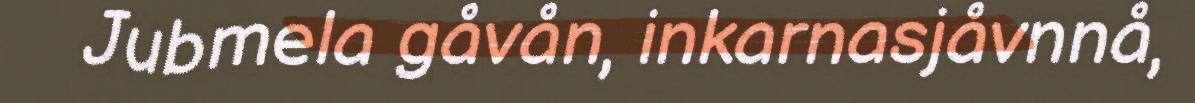
Jubmela gåvån, inkarnasjåvnnå,